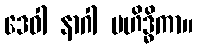
ဒေဝါ နာဂါ မဟိဒ္ဓိကာ။